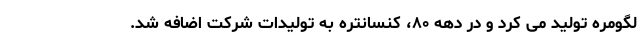
لگومره تولید می کرد و در دهه ۸۰، کنسانتره به تولیدات شرکت اضافه شد.